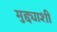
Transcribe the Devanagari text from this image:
मुद्द्याशी